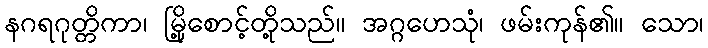
နဂရဂုတ္တိကာ၊ မြို့စောင့်တို့သည်။ အဂ္ဂဟေသုံ၊ ဖမ်းကုန်၏။ သော၊